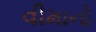
વીમાનો